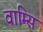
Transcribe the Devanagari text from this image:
वाम्सि